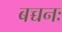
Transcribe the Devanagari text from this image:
बच्चनः